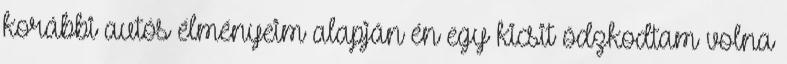
korábbi autós élményeim alapján én egy kicsit ódzkodtam volna